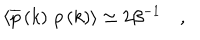
\left\langle \overline { { { p } } } \left( k \right) \, p \left( k \right) \right\rangle \simeq 2 \beta ^ { - 1 } \quad ,